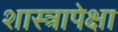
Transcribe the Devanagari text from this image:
शास्त्रापेक्षा